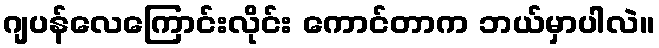
ဂျပန်လေကြောင်းလိုင်း ကောင်တာက ဘယ်မှာပါလဲ။